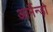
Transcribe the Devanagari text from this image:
आर्मैन्ड़ो